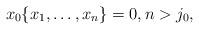
LaTeX: \begin{align*}x_{0}\{x_{1},\dots,x_{n}\}=0,n>j_{0},\end{align*}